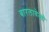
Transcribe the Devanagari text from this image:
बारलावेन्तो